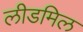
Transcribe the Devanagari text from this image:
लीडमिल